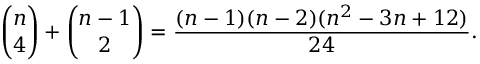
{ \binom { n } { 4 } } + { \binom { n - 1 } { 2 } } = { \frac { ( n - 1 ) ( n - 2 ) ( n ^ { 2 } - 3 n + 1 2 ) } { 2 4 } } .